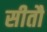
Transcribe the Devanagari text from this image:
सीतौ